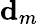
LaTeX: \mathbf{d}_{m}